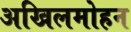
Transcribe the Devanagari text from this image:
अखिलमोहन